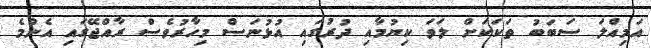
އަމިއްލަ ސަބަބު ތަކަކަށް ލަވަ ކިޔުމާއި ދުރުގައި އުޅުނަސް މިހާރުވެސް ރާއްޖޭގައި އެންމެ